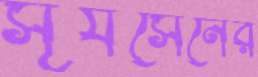
সূর্যসেনের